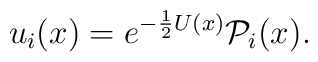
u_i(x)=e^{-{1\over 2}U(x)}{\cal P}_i(x).